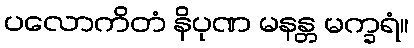
ပလောကိတံ နိပုဏ မနန္တ မက္ခရံ။